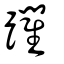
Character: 躙